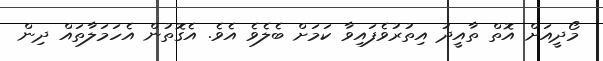
މޯދީއަށް އޮތް ތާއީދު އިތުރުވެފައިވާ ކަމަށް ބެލެވެ އެވެ. އެގޮތުން އެހަމަލާތައް ދިން